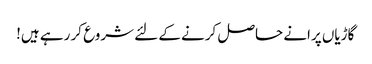
گاڑیاں پرانے حاصل کرنے کے لئے شروع کر رہے ہیں!